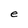
Character: e